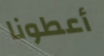
أعطونا